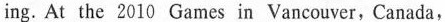
ing. At the 2010 Games in Vancouver,Canada,